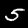
Label: 5